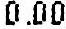
0.00